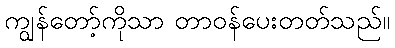
ကျွန်တော့်ကိုသာ တာဝန်ပေးတတ်သည်။